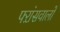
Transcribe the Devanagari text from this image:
फ्ऱांसवालों